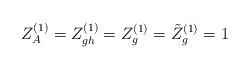
\begin{align*}Z_A^{(1)} = Z_{gh}^{(1)} = Z_g^{(1)} = \tilde{Z}_g^{(1)} = 1\end{align*}